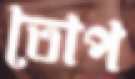
তোপ